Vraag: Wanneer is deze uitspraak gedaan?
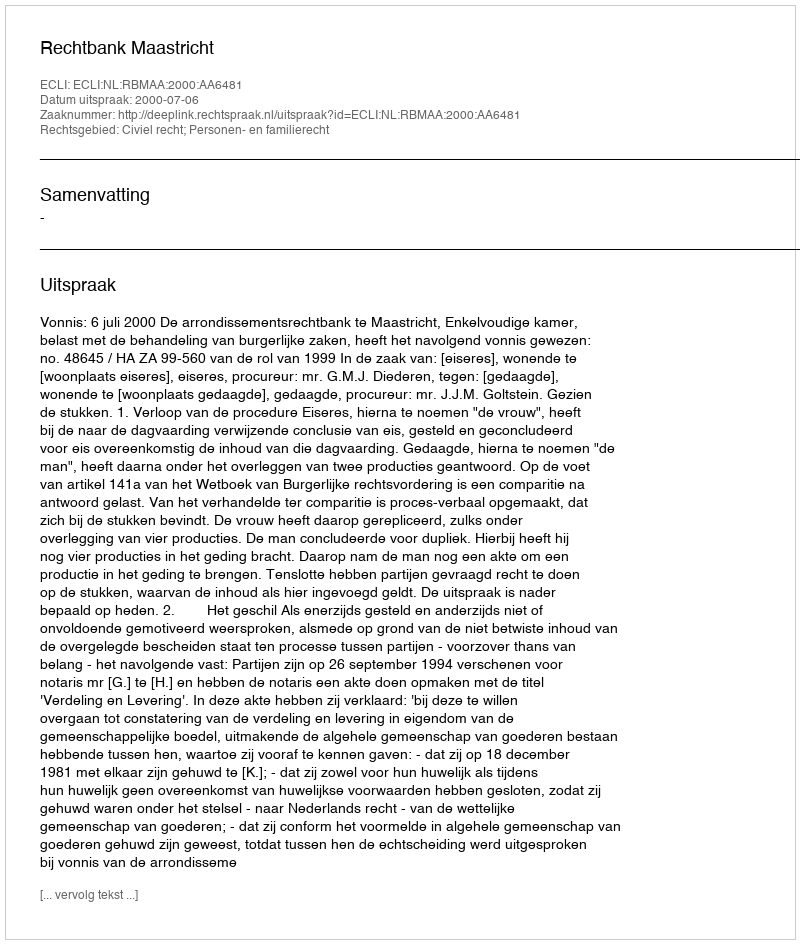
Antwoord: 2000-07-06